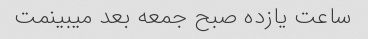
ساعت یازده صبح جمعه بعد میبینمت